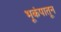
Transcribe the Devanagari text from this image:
भूकंपातून